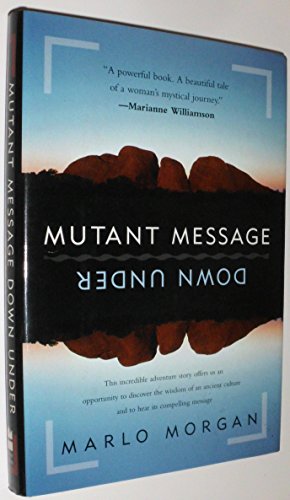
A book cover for Mutant Message Down Under; Marlo Morgan; Literature & Fiction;